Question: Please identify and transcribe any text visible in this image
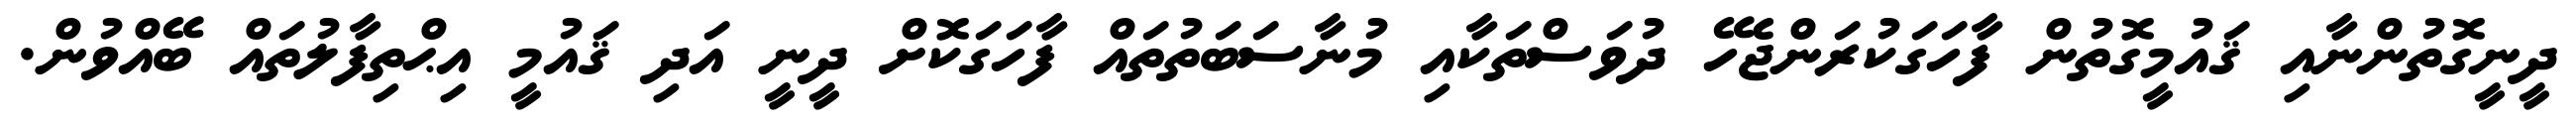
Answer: ދީނީގޮތުންނާއި ޤައުމީގޮތުން ފާހަގަކުރަންޖެހޭ ދުވަސްތަކާއި މުނާސަބަތުތައް ފާހަގަކޮށް ދީނީ އަދި ޤައުމީ އިޙްތިފާލުތައް ބޭއްވުން.